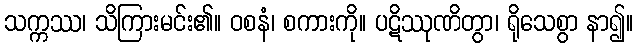
သက္ကဿ၊ သိကြားမင်း၏။ ဝစနံ၊ စကားကို။ ပဋိဿုဏိတွာ၊ ရိုသေစွာ နာ၍။